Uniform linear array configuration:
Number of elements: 4
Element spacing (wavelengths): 0.75
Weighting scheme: exponential
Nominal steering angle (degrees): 60
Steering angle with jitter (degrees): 59.212
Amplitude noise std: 0.05
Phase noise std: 0.05

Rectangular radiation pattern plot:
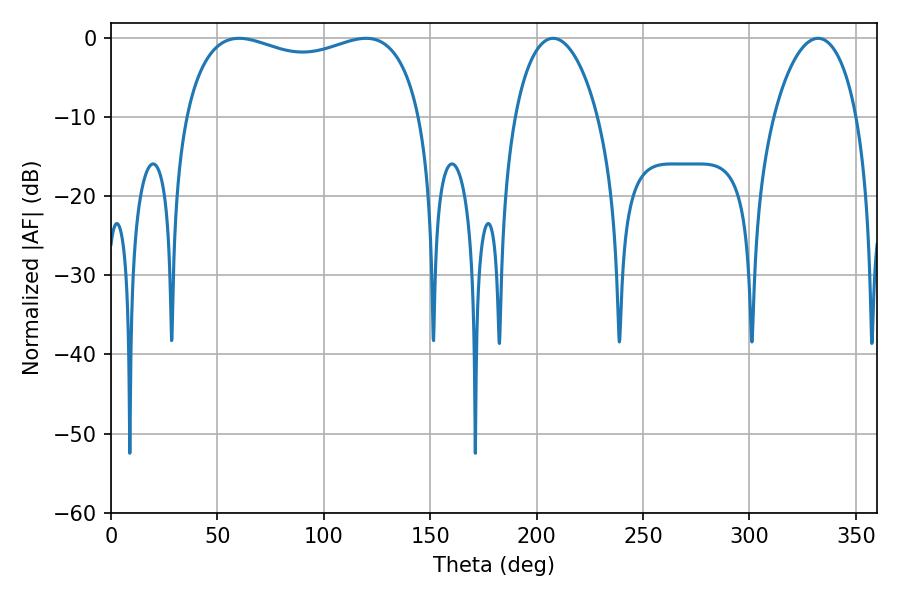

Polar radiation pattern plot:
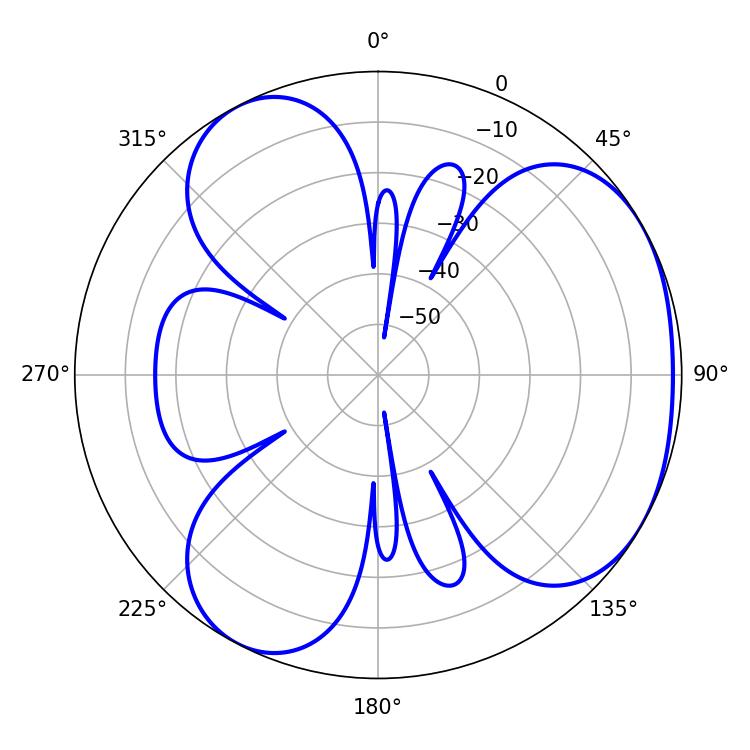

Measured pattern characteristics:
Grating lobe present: TRUE
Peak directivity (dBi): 3.787
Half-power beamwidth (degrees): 22.32
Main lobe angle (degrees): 207.72